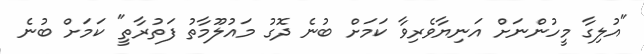
"އުލިގާ މީހުންނަށް އަނިޔާވެރިވާ ކަމަށް ބުނެ ދޮގު މައުލޫމާތު ފަތުރާތީ" ކަމަށް ބުނެ